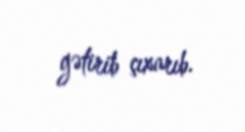
gətirib çıxarıb.